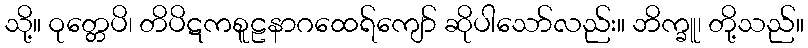
သို့။ ဝုတ္တေပိ၊ တိပိဋကစူဠနာဂထေရ်ကျော် ဆိုပါသော်လည်း။ ဘိက္ခူ၊ တို့သည်။